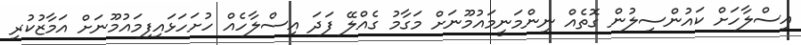
އިސްލާހަށް ކައުންސިލުން ގޮތެއް ނިންމަނީމައުމޫނަށް މަގާމު ގެއްލޭ ފަދަ އިސްލާހެއް ހުށަހަޅައިފިމައުމޫނަށް އަމާޒުކުރި